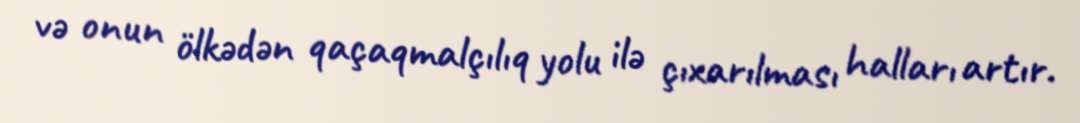
və onun ölkədən qaçaqmalçılıq yolu ilə çıxarılması halları artır.